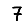
Digit: 7